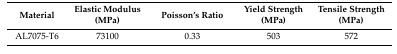
| Material | Elastic Modulus (MPa) | Poisson’s Ratio | Yield Strength (MPa) | Tensile Strength (MPa) |
 | --- | --- | --- | --- | --- |
 | AL7075-T6 | 73100 | 0.33 | 503 | 572 |